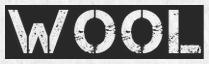
WOOL